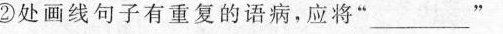
”②处画线句子有重复的语病，应将” ___"